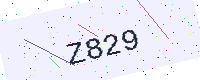
Text: Z829